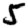
Digit: 5